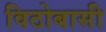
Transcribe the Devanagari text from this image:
विठोबासी